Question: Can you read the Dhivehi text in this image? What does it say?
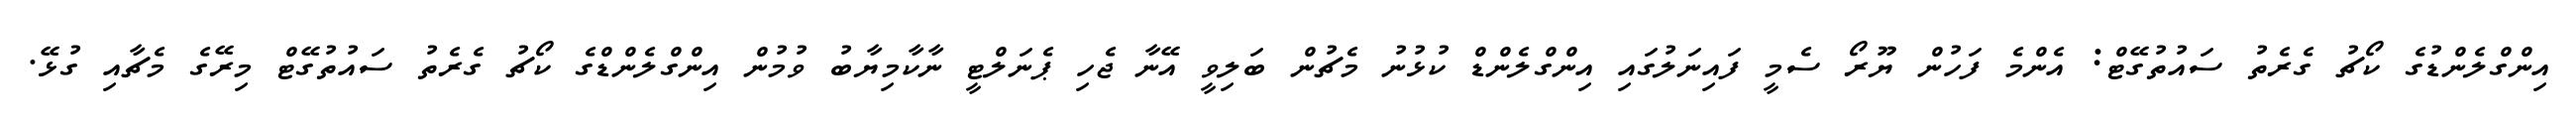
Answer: އިންގްލެންޑުގެ ކޯޗު ގެރެތު ސައުތުގޭޓް: އެންމެ ފަހުން ޔޫރޯ ސެމީ ފައިނަލުގައި އިންގްލެންޑް ކުޅުނު މެޗުން ބަލިވީ އޭނާ ޖެހި ޕެނަލްޓީ ނާކާމިޔާބު ވުމުން އިންގްލެންޑްގެ ކޯޗު ގެރެތު ސައުތުގޭޓް މިރޭގެ މެޗާއި ގުޅޭ.